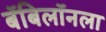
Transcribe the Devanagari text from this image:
बॅबिलॉनला